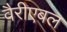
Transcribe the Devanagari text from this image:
वैरीएबल